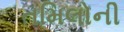
તમિલોની